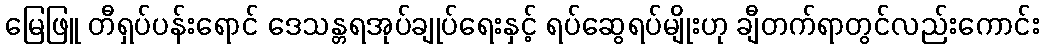
မြေဖြူ တီရှပ်ပန်းရောင် ဒေသန္တရအုပ်ချုပ်ရေးနှင့် ရပ်ဆွေရပ်မျိုးဟု ချီတက်ရာတွင်လည်းကောင်း